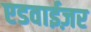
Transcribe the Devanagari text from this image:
एडवाईज़र